Lunatic asylums Madras 1892-1911 - 1892-1911
Year: 1892
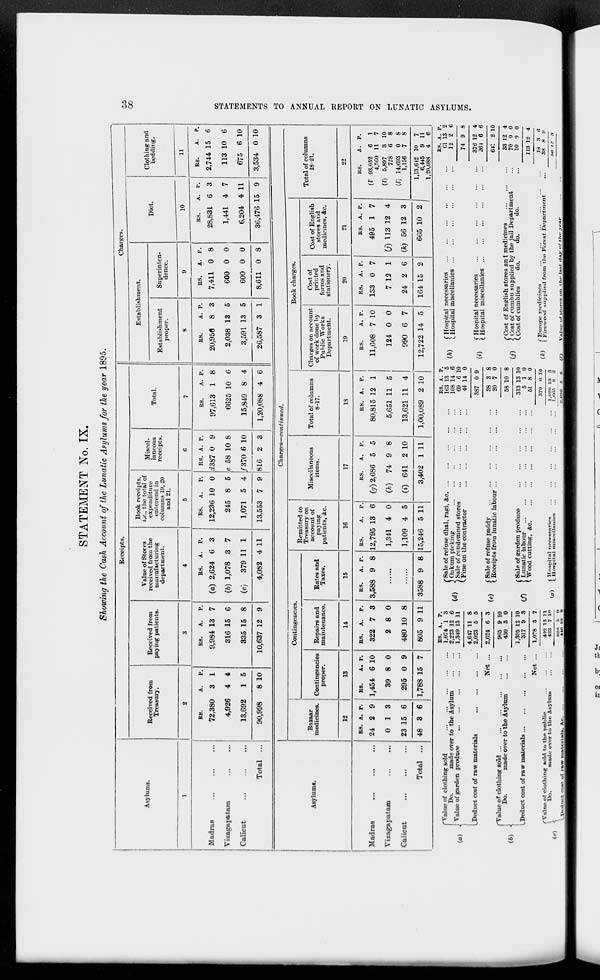
STATEMENT No. IX.
Showing the Cash Account of the Lunatic Asylums for the year 1895.
Asylums.
Receipts.
Received from
Treasury.
Received from
paying patients.
Value of Stores
received from the
manufacturing
department.
Book receipts,
i.e., the total of
expenditure
enterend in
columns lit, 20
and 21.
Miscel-
laneous
receipts.
Total.
Madras
Vizagapatam
Calicut
Total
RS.
A.
P.
72,380 3 1
4,926 4 4
13,692
1 5
90,998
8 10
E8.
A.
P.
9,984 13 7
316 15 6
335 15 8
10,637 12 9
BS. A.
P.
(a) 2,624 6 3
(6) 1,078 3 7
(c)
379 11 1
4,082 4 11
ES. A.
P.
12,236 10 0
245 8 5
13,553 7 9
ES. A. p.
i387 0 9
e 58 10 8
/"370 6 10
816 2 3
RS.
A. P.
97,613 1 8
6625 10 6
15,849 8 4
1,20,088 4 6
Charges.
Establishment.
Establishment
proper.
ES.
A. P.
20,956 8 3
2,038 13 5
3,591 13 5
26,587 3 1
Superinten-
dence.
9
ES.
A. P.
7,411 0 8
600 0 0
600 0 0
Diet.
10
Clothing and
bedding.
11
8,611 0 8
BS.
A. P.
28,831 6 3
1,441 4 7
6,204 4 11
36,476 15 9
ES.
A. P.
2,744 15 6
113 10 6
675 6 10
3,534 0 10
Asylumi.
Charges—continued.
Bazaar
medicines.
12
Contingencies.
Contingencies
proper.
13
Repairs and
maintenance.
14
Rates and
Taxes.
15
Remitted to
Treasury on
account of
paying
patients, &c.
16
Miscellaneous
items.
17
Total of columns
8-17.
IS
Book charges.
Charges on account
of work done by
Public Works
Department.
19
Cost of
printed
forms and
stationery.
20
Cost of English
stores and
medicines, Ac.
21
Total of columns
18-21.
22
CO
00
5»
—
t»
O
>
>
f
o
Ed
o
55
ei
>
i—i
O
>
a
s
CO
Madras
Vizagapatam
Calicut
.
Total
ES. A. p.
24 2 9
0 1 3
23 15 6
48 3 6
RS.
A. p.
1,454 6 10
39 8 0
295 0 9
1,788 15 7
BS. A. P.
322 7 3
2 8 0
480 10 8
805 9 11
ES.
A. P.
3,588 9 8
3588 9 8
ES.
A. P.
12,795 13 6
1,341 4 0
1,109 4 5
15,246 5 11
ES.
A. P.
(g) 2,686 5 5
(h) 74 9 8
(i) 641 2 10
3,402 1 11
BS. A. P.
80,815 12 1
5,651 11 5
13,621 11 4
BS.
A. P.
11,608 7 10
124 0 0
990 6 7
1,00,089 2 10
12,722 14 5
ES. A. P.
133 0 7
7 12 1
24 2 6
164 15 2
BS. A. P.
495 1 7
CO U3 I 2 4
(fc) 56 12 3
RS.
A.
(F 93,052 6
4,560 11
(?) 5,897
728
(l) 14,693
1,156
1
7
10
8
8
8
665 10 2
1,13,612 10
7
6,445
9 11
1,20,088
4
6
rvalue of clothing sold
Do.
made over to the Asylum
, fl j j Value of garden produee
LDeduct cost of raw materials
BS. A. p.
1,074 1 3
2,223 12 6
1,349 13 11
Net
(6) 1
fValue of clothing sold
Do.
made over to the Asylum
LDeduct cost of raw materials ...
rYalae of clothing sold to the public
\
Do.
made over to the Asylum
to <
Net
4,617 11
2,023 5
s
5
2,624 6 3
965
430
9 10
3 0
1,395 12 10
317 9 S
1,078 S 7
402
423 7
11
10
!Sale of refuse dhal, ragi, &c.
Onkum pic-king
Sale of condemned stores
Fine on the contractor
BS. A. P.
163 13 5
108 14 6
69 6 10
44 14 0
(e)
( Sale of refuse paddy
I Receipts from lunatic labour
(Sale of garden produce
Lunatic labour
Wood cutting, &c.
Iff)
K->r. r,
(Hospital necessaries
Hospital miscellanies
387 0 9
88
20
8
7
8
0
58 lit 8
313 13 10
5 10
51 8 0
370 M 10
1 ,O£0
1,005
i.-i
8
a
a^wa ■•> o^J
(h\
("Hospital necessaries
' '
I Hospital miscellanies ..
• ••>
f Hospital necessaries
l *'
t Hospital miscellanies ...
BS. A. p.
Cl 13 2
12 2 6
f Cost of English stores an i medicines
(j)
-J Cost of eumbn supplied by the jail Department
(.Costof cumblies
do.
do.
do.
,,. f Europe medicines
OV £ Firewood supplied from the Forest Department
'/)
Viilut- of atorca on tltf litat <ia.y of t lit' j far
74 9 8
376 12
261 6
4
6
641 2 10
33
70
10
12
0
0
4
0
0
113 12 4
IS S 6
8 ."
m; ii S